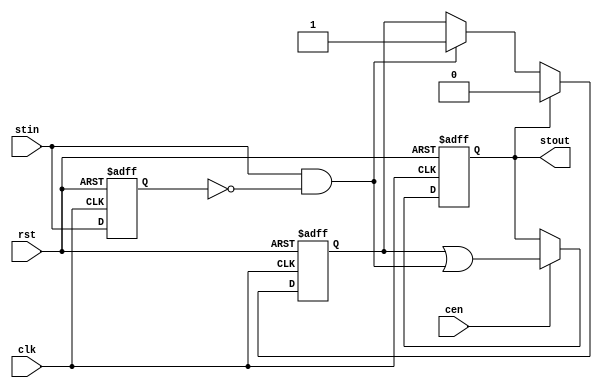
/*  This file is part of JTFRAME.
    JTFRAME program is free software: you can redistribute it and/or modify
    it under the terms of the GNU General Public License as published by
    the Free Software Foundation, either version 3 of the License, or
    (at your option) any later version.

    JTFRAME program is distributed in the hope that it will be useful,
    but WITHOUT ANY WARRANTY; without even the implied warranty of
    MERCHANTABILITY or FITNESS FOR A PARTICULAR PURPOSE.  See the
    GNU General Public License for more details.

    You should have received a copy of the GNU General Public License
    along with JTFRAME.  If not, see <http://www.gnu.org/licenses/>.

    Author: Jose Tejada Gomez. Twitter: @topapate
    Version: 1.0
    Date: 31-10-2019 */

// Converts an input strobe (stin) defined in some clock gating domain
// to a strobe in the specified cen input domain
// both clock-enable signals belong to the same clock domain

module jtframe_cencross_strobe(
    input       rst,
    (* direct_enable *) input       cen,
    input       clk,
    input       stin,
    output reg  stout
);

reg  last, st_latch;
wire st_edge = stin && !last;

always @(posedge clk, posedge rst) begin
    if(rst) begin
        last     <= 1'b0;
        st_latch <= 1'b0;
    end else begin 
        last <= stin;
        if( st_edge ) st_latch <= 1'b1;
        if( stout ) st_latch <= 1'b0;
    end
end

always @(posedge clk, posedge rst) begin
    if(rst) begin
        stout    <= 1'b0;
    end else  if(cen) begin
        stout <= st_latch | st_edge;
    end
end

endmodule